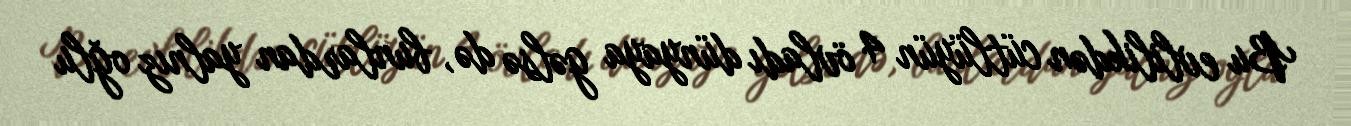
Bu evlilikdən cütlüyün 4 övladı dünyaya gəlsə də, bunlardan yalnız oğlu